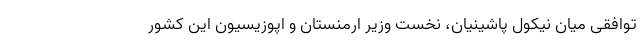
توافقی میان نیکول پاشینیان، نخست وزیر ارمنستان و اپوزیسیون این کشور